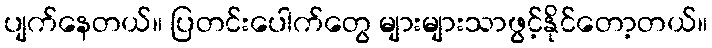
ပျက်နေတယ်။ ပြတင်းပေါက်တွေ များများသာဖွင့်နိုင်တော့တယ်။